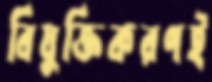
বিযুক্তিকরণই